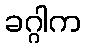
ခဂ္ဂါက